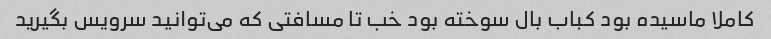
کاملا ماسیده بود کباب بال سوخته بود خب تا مسافتی که می‌توانید سرویس بگیرید